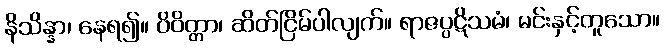
နိသိန္နာ၊ နေရ၍။ ဝိဝိတ္တာ၊ ဆိတ်ငြိမ်ပါလျက်။ ရာဇပ္ပဋိသမံ၊ မင်းနှင့်တူသော။